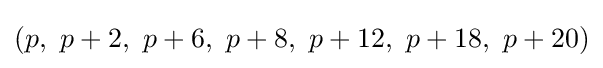
(p,\ p+2,\ p+6,\ p+8,\ p+12,\ p+18,\ p+20)